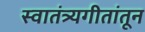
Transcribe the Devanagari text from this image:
स्वातंत्र्यगीतांतून